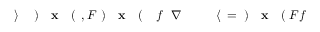
F f \! \! \! \! \! \! \! \! \! \! \! \! ( \! \! \! \! \! \! \! \! \! \! \! \! \mathbf { x } \! \! \! \! \! \! \! \! \! \! \! \! ) \! \! \! \! \! \! \! \! \! \! \! \! = \! \! \! \! \! \! \! \! \! \! \! \! \langle \! \! \! \! \! \! \! \! \! \! \! \! \! \! \! \! \! \! \! \! \! \! \! \! \nabla \! \! \! \! \! \! \! \! \! \! \! \! f \! \! \! \! \! \! \! \! \! \! \! \! ( \! \! \! \! \! \! \! \! \! \! \! \! \mathbf { x } \! \! \! \! \! \! \! \! \! \! \! \! ) \! \! \! \! \! \! \! \! \! \! \! \! , F \! \! \! \! \! \! \! \! \! \! \! \! ( \! \! \! \! \! \! \! \! \! \! \! \! \mathbf { x } \! \! \! \! \! \! \! \! \! \! \! \! ) \! \! \! \! \! \! \! \! \! \! \! \! \rangle \! \! \! \! \! \! \! \! \! \! \!